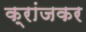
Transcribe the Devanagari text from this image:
क्रांजकर